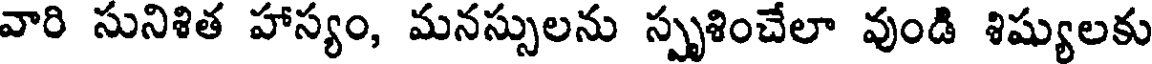
వారి సునిశిత హాస్యం, మనస్సులను స్పృశించేలా వుండి శిష్యులకు